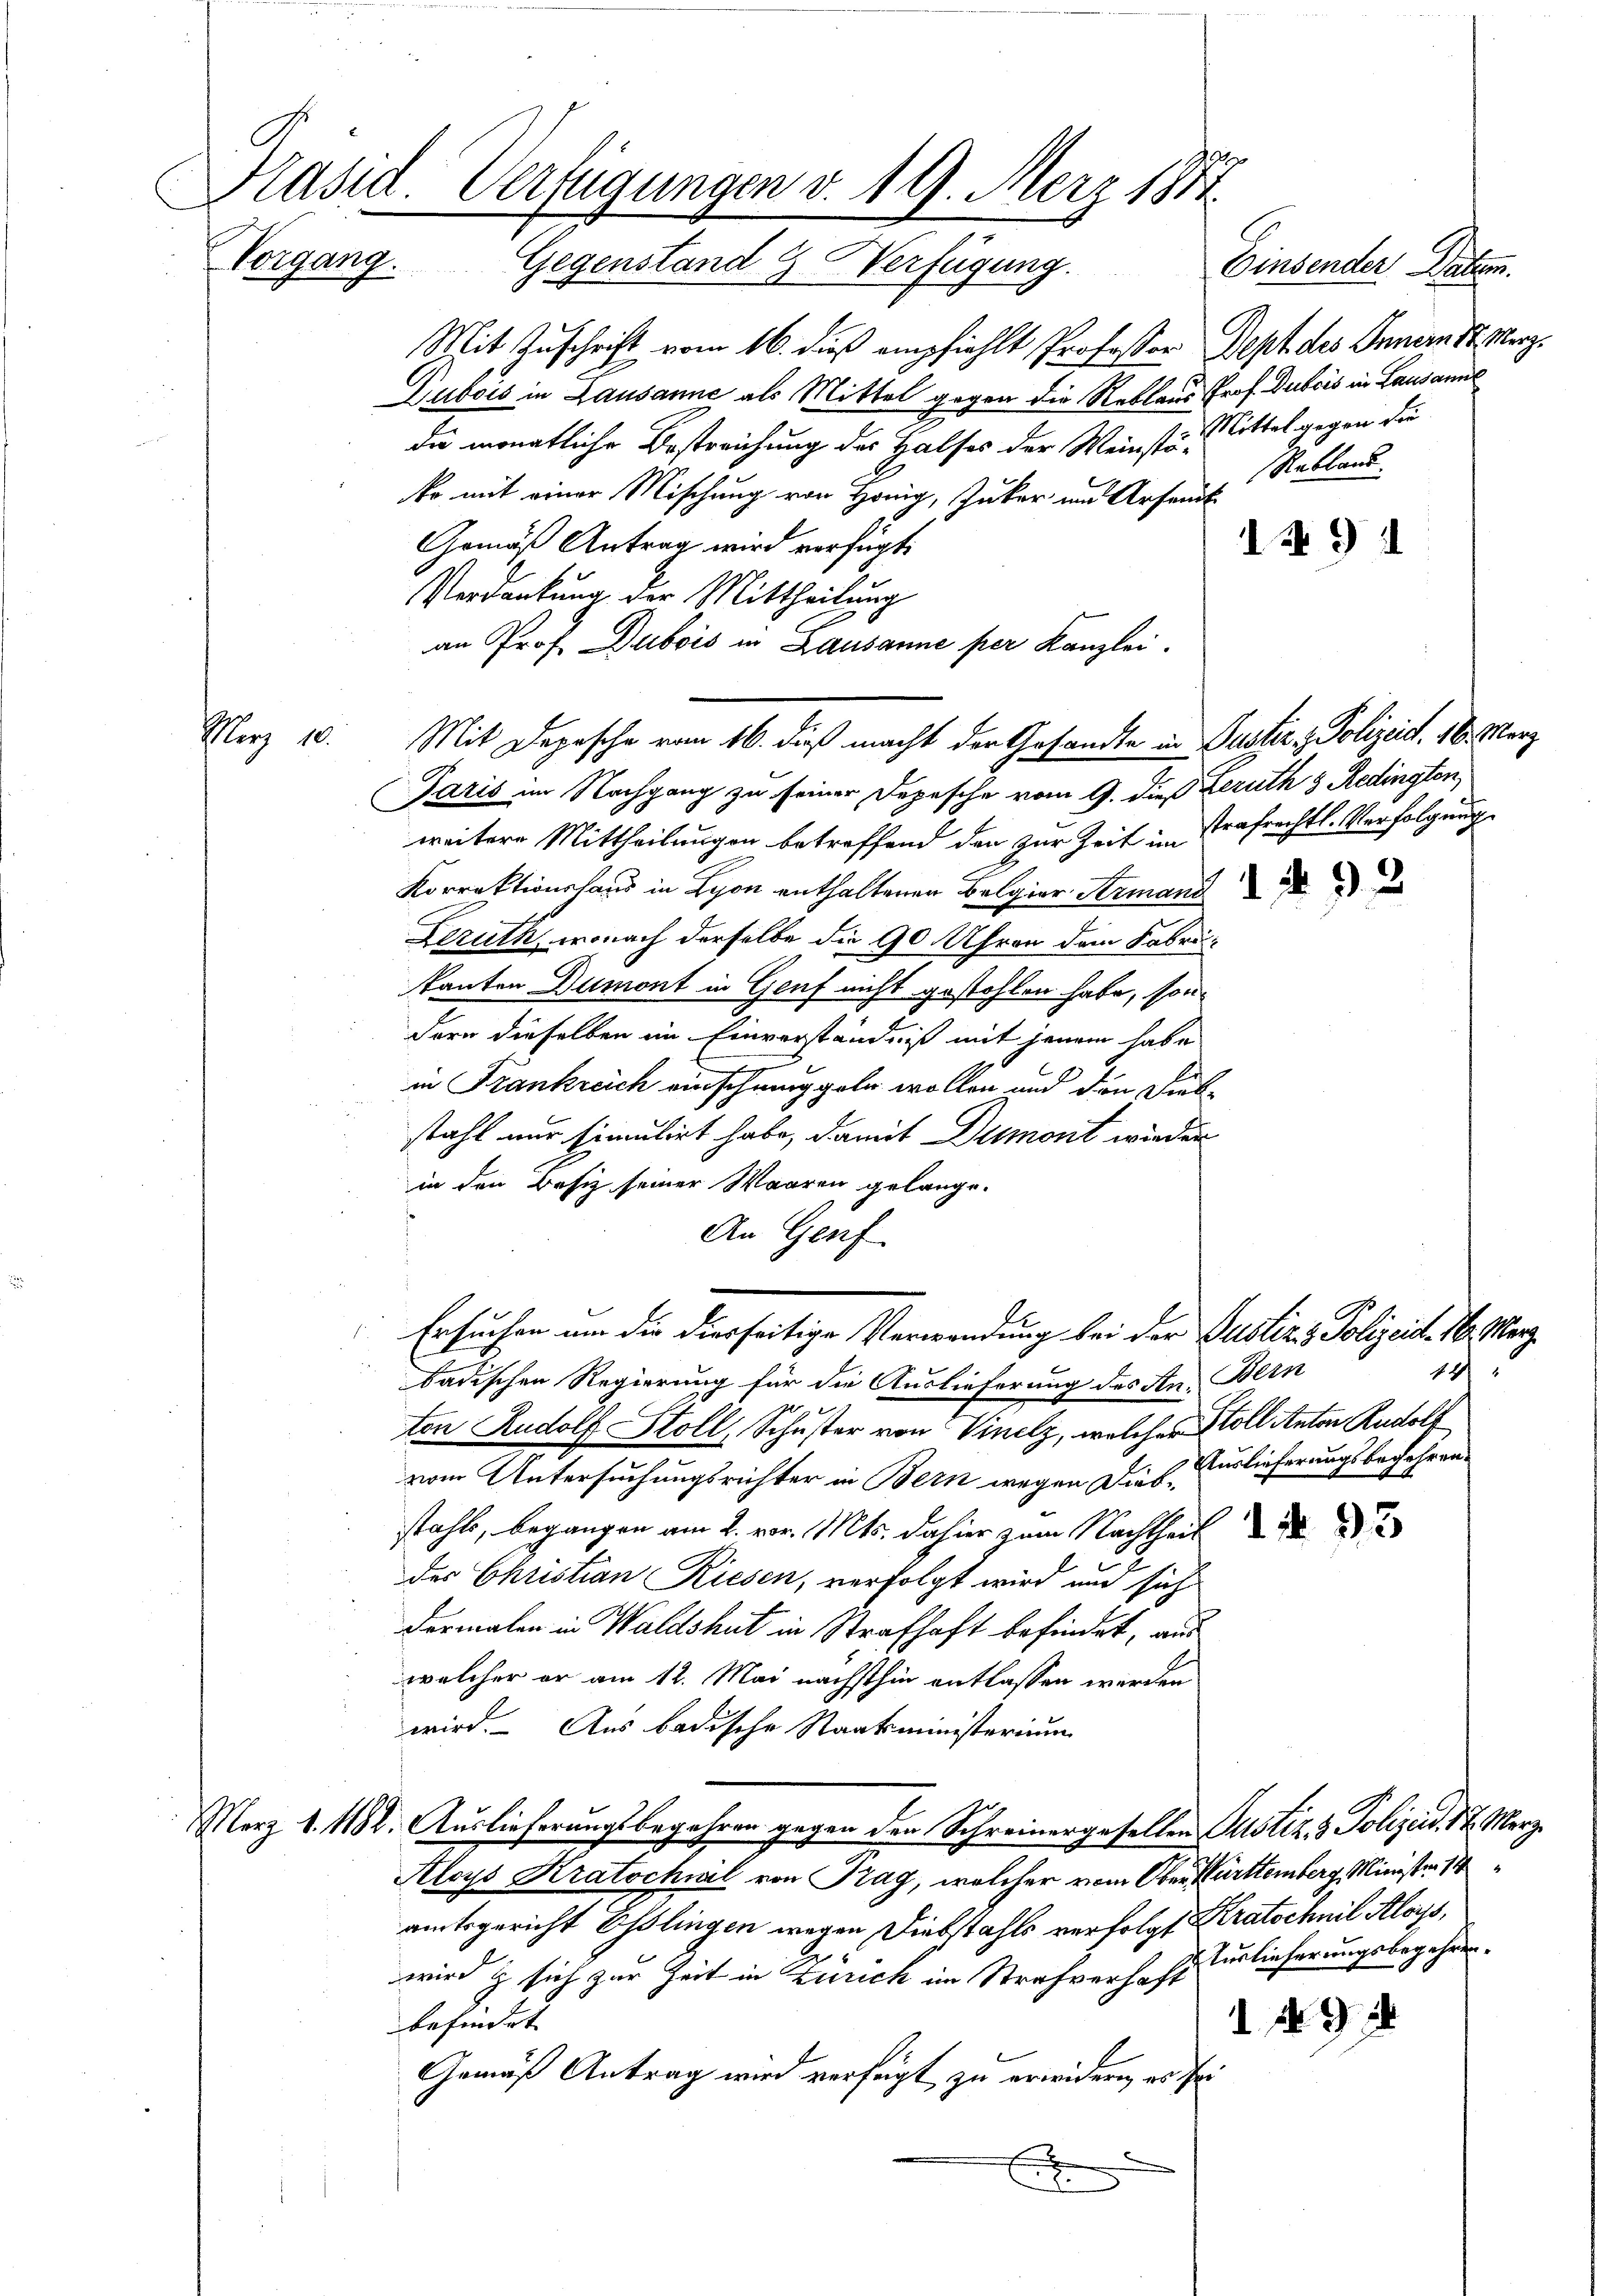
Kasid. Verfügungen v. 19. März 1881
Vorgang. Gegenstand 2 Verfügung.
Einsender Datum.

Mit Zuschrift vom 16. dieß empfiehlt Professor Sept des Innern St. Merz¬
Dubois in Lausanne als Mittel gegen die Reklaus Prof. Dubois in Lausanne
di monatliche Bestreichung der Halses der Meinste Mittel gegen die
Rebland.
ko mit einer Mischung von Honig, Juker und Arsendt
Gemäß Antrag wird verfügt:
149 d
Verdankung der Mittheilung
an Prof. Dubois in Lausanne per Kanzlei.
Garis im Nachgang zu seiner Depesche vom 9. dieß Leruth 3 Redingten,
weitere Mittheilungen betreffend den zur Zeit im Trafrechtl. Verfolgung
Korrektionshaus in Lyon enthaltenen Belgier Armand
Leruth, wonach derselbe die 90 Uhren dem Fabrikanten Dumont in Graf nicht gestohlen habe, sondern dieselben im Einverstände ist mit jenem habe
in Frankreich einschmuggeln wollen und den Diebstahl nur simulirt habe, damit Dumont wieder
in den Besitz seiner Waaren gelange.
An Genf
Ersuchen um die diesseitige Verwendung bei der Justiz & Polizeist. N. Merz
14
badischen Regierung für die Auslieferung des An- Bern
ton Rudolf Stoll, Schuster von Vinelz, welcher Soll Anton Rudolf
vom Untersuchungsrichter in Bern wegen Dies Auslieferungsbegehren
stahle, begangen am 2. vor. Mts. dahier zum Nachtheil d
des Christian Riesen, verfolgt wird und sich
dormalen in Waldshut in Strafhaft befindet, aus
welcher er am 12. Mai nächsthin entlassen werden
wird. – Aus badische Staatsministerium
Merz d. 1182. Auslieferungsbegehren gegen den Schreinergesellen Justiz & Polizeid, 17. Merz
Aloys Kratschwil von Prag, welcher vom Ober Württemberg, Minister 14
amtsgericht Esslingen wegen Diebstahls verfolgt Kratschnil Aloys,
wird z sich zur Zeit in Zürich im Strafverhofs Turlieferungsbegehrebefindet.
19
Gemäß Antrag wird verfügt zu erwidern es sei
x

Merz 10. Mit Depesche vom 16. dieß macht der Gesandte in Justiz & Polizeist. 16. März